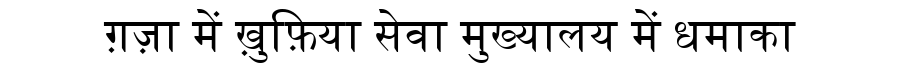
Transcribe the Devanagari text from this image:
ग़ज़ा में ख़ुफ़िया सेवा मुख्यालय में धमाका